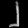
Digit: ၂